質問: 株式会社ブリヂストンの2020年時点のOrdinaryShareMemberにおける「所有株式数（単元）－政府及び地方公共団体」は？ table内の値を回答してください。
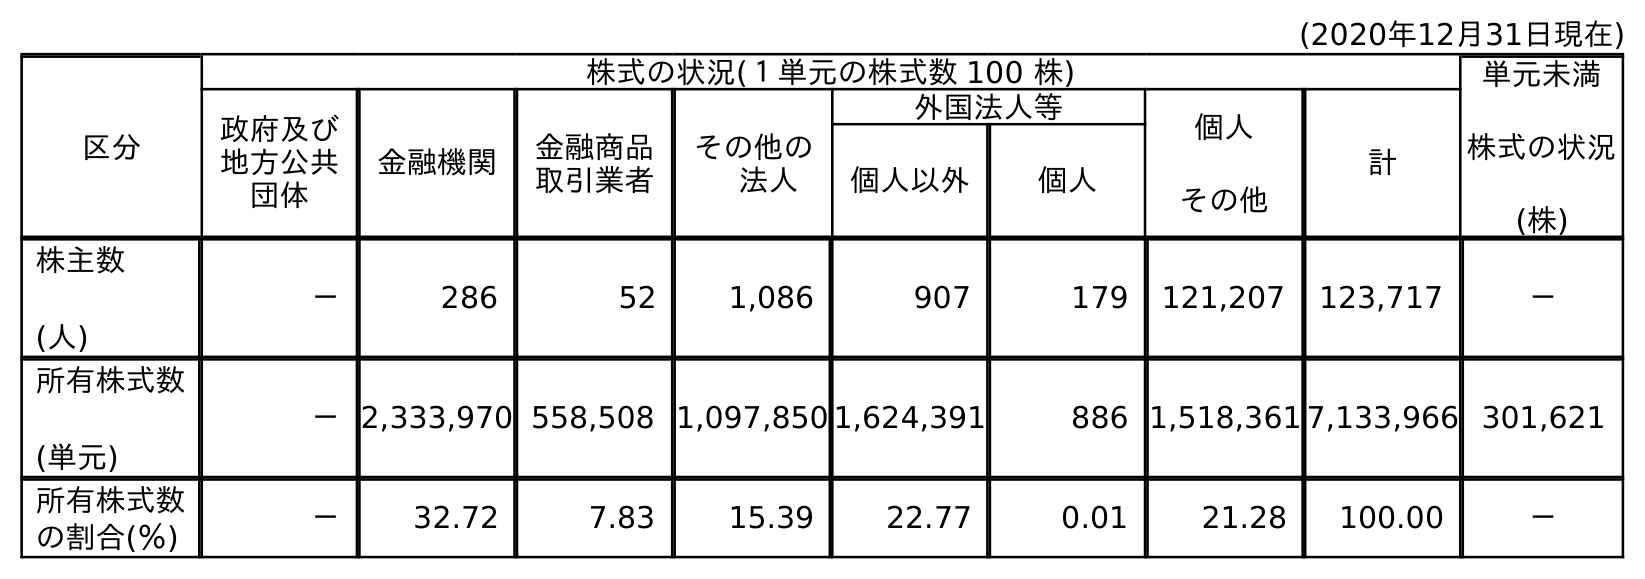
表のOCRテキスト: (2020年12月31日現在) 区分 株式の状況(１単元の株式数 100 株) 単元未満 株式の状況 (株) 政府及び 地方公共 団体 金融機関 金融商品 取引業者 その他の  法人 外国法人等 個人 その他 計 個人以外 個人 株主数 (人) － 286 52 1,086 907 179 121,207 123,717 － 所有株式数 (単元) －2,333,970 558,508 1,097,850 1,624,391 886 1,518,361 7,133,966 301,621 所有株式数 の割合(％) － 32.72 7.83 15.39 22.77 0.01 21.28 100.00 －
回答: －